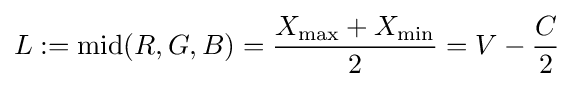
L:=\operatorname {mid} (R,G,B)={\frac {X_{\text{max}}+X_{\text{min}}}{2}}=V-{\frac {C}{2}}